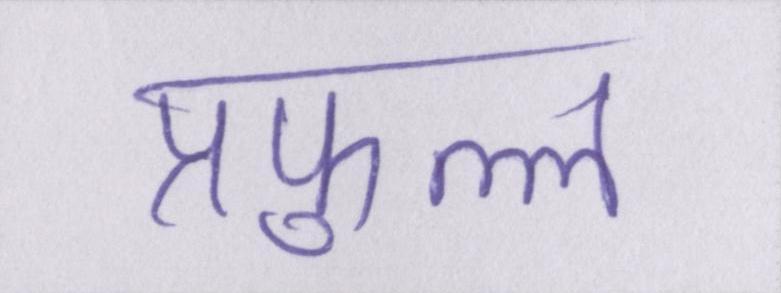
प्रफुल्ल